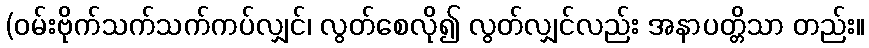
(ဝမ်းဗိုက်သက်သက်ကပ်လျှင်၊ လွတ်စေလို၍ လွတ်လျှင်လည်း အနာပတ္တိသာ တည်း။